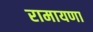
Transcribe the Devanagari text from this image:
रामायणा